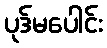
ပုဒ်မပေါင်း